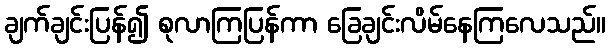
ချက်ချင်းပြန်၍ စုလာကြပြန်ကာ ခြေချင်းလိမ်နေကြလေသည်။